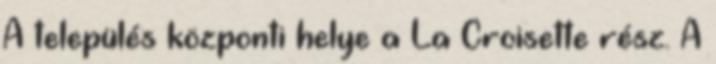
A település központi helye a La Croisette rész. A